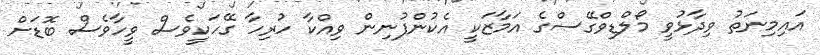
އައިމިނަތު ވިދާޅުވީ މޯލްޑިވްގޭސްގެ އަމާޒަކީ އެކުންފުނިން ވިއްކާ ހުރިހާ ގޭހަކީވެސް ވީހާވެސް ބޮޑަށް